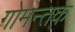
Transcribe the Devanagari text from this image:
गोमन्तक